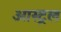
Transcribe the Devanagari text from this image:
आस्ट्रल